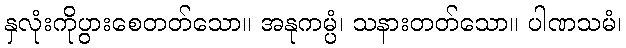
နှလုံးကိုပွားစေတတ်သော။ အနုကမ္ပံ၊ သနားတတ်သော။ ပါဏသမံ၊